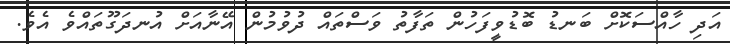
އަދި ހާއްސަކޮށް ބަނޑު ބޮޑުވީފަހުން ތަފާތު ވަސްތައް ދުވުމުން އޭނާއަށް އުނދަގޫތައްވެ އެވެ.